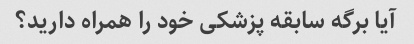
آیا برگه سابقه پزشکی خود را همراه دارید؟